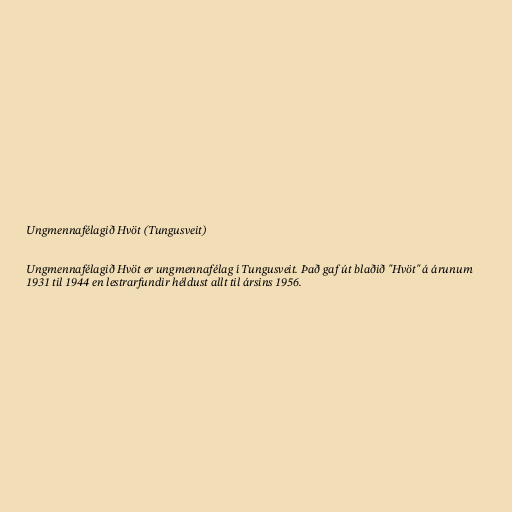
Ungmennafélagið Hvöt (Tungusveit)

Ungmennafélagið Hvöt er ungmennafélag í Tungusveit. Það gaf út blaðið "Hvöt" á árunum
1931 til 1944 en lestrarfundir héldust allt til ársins 1956.